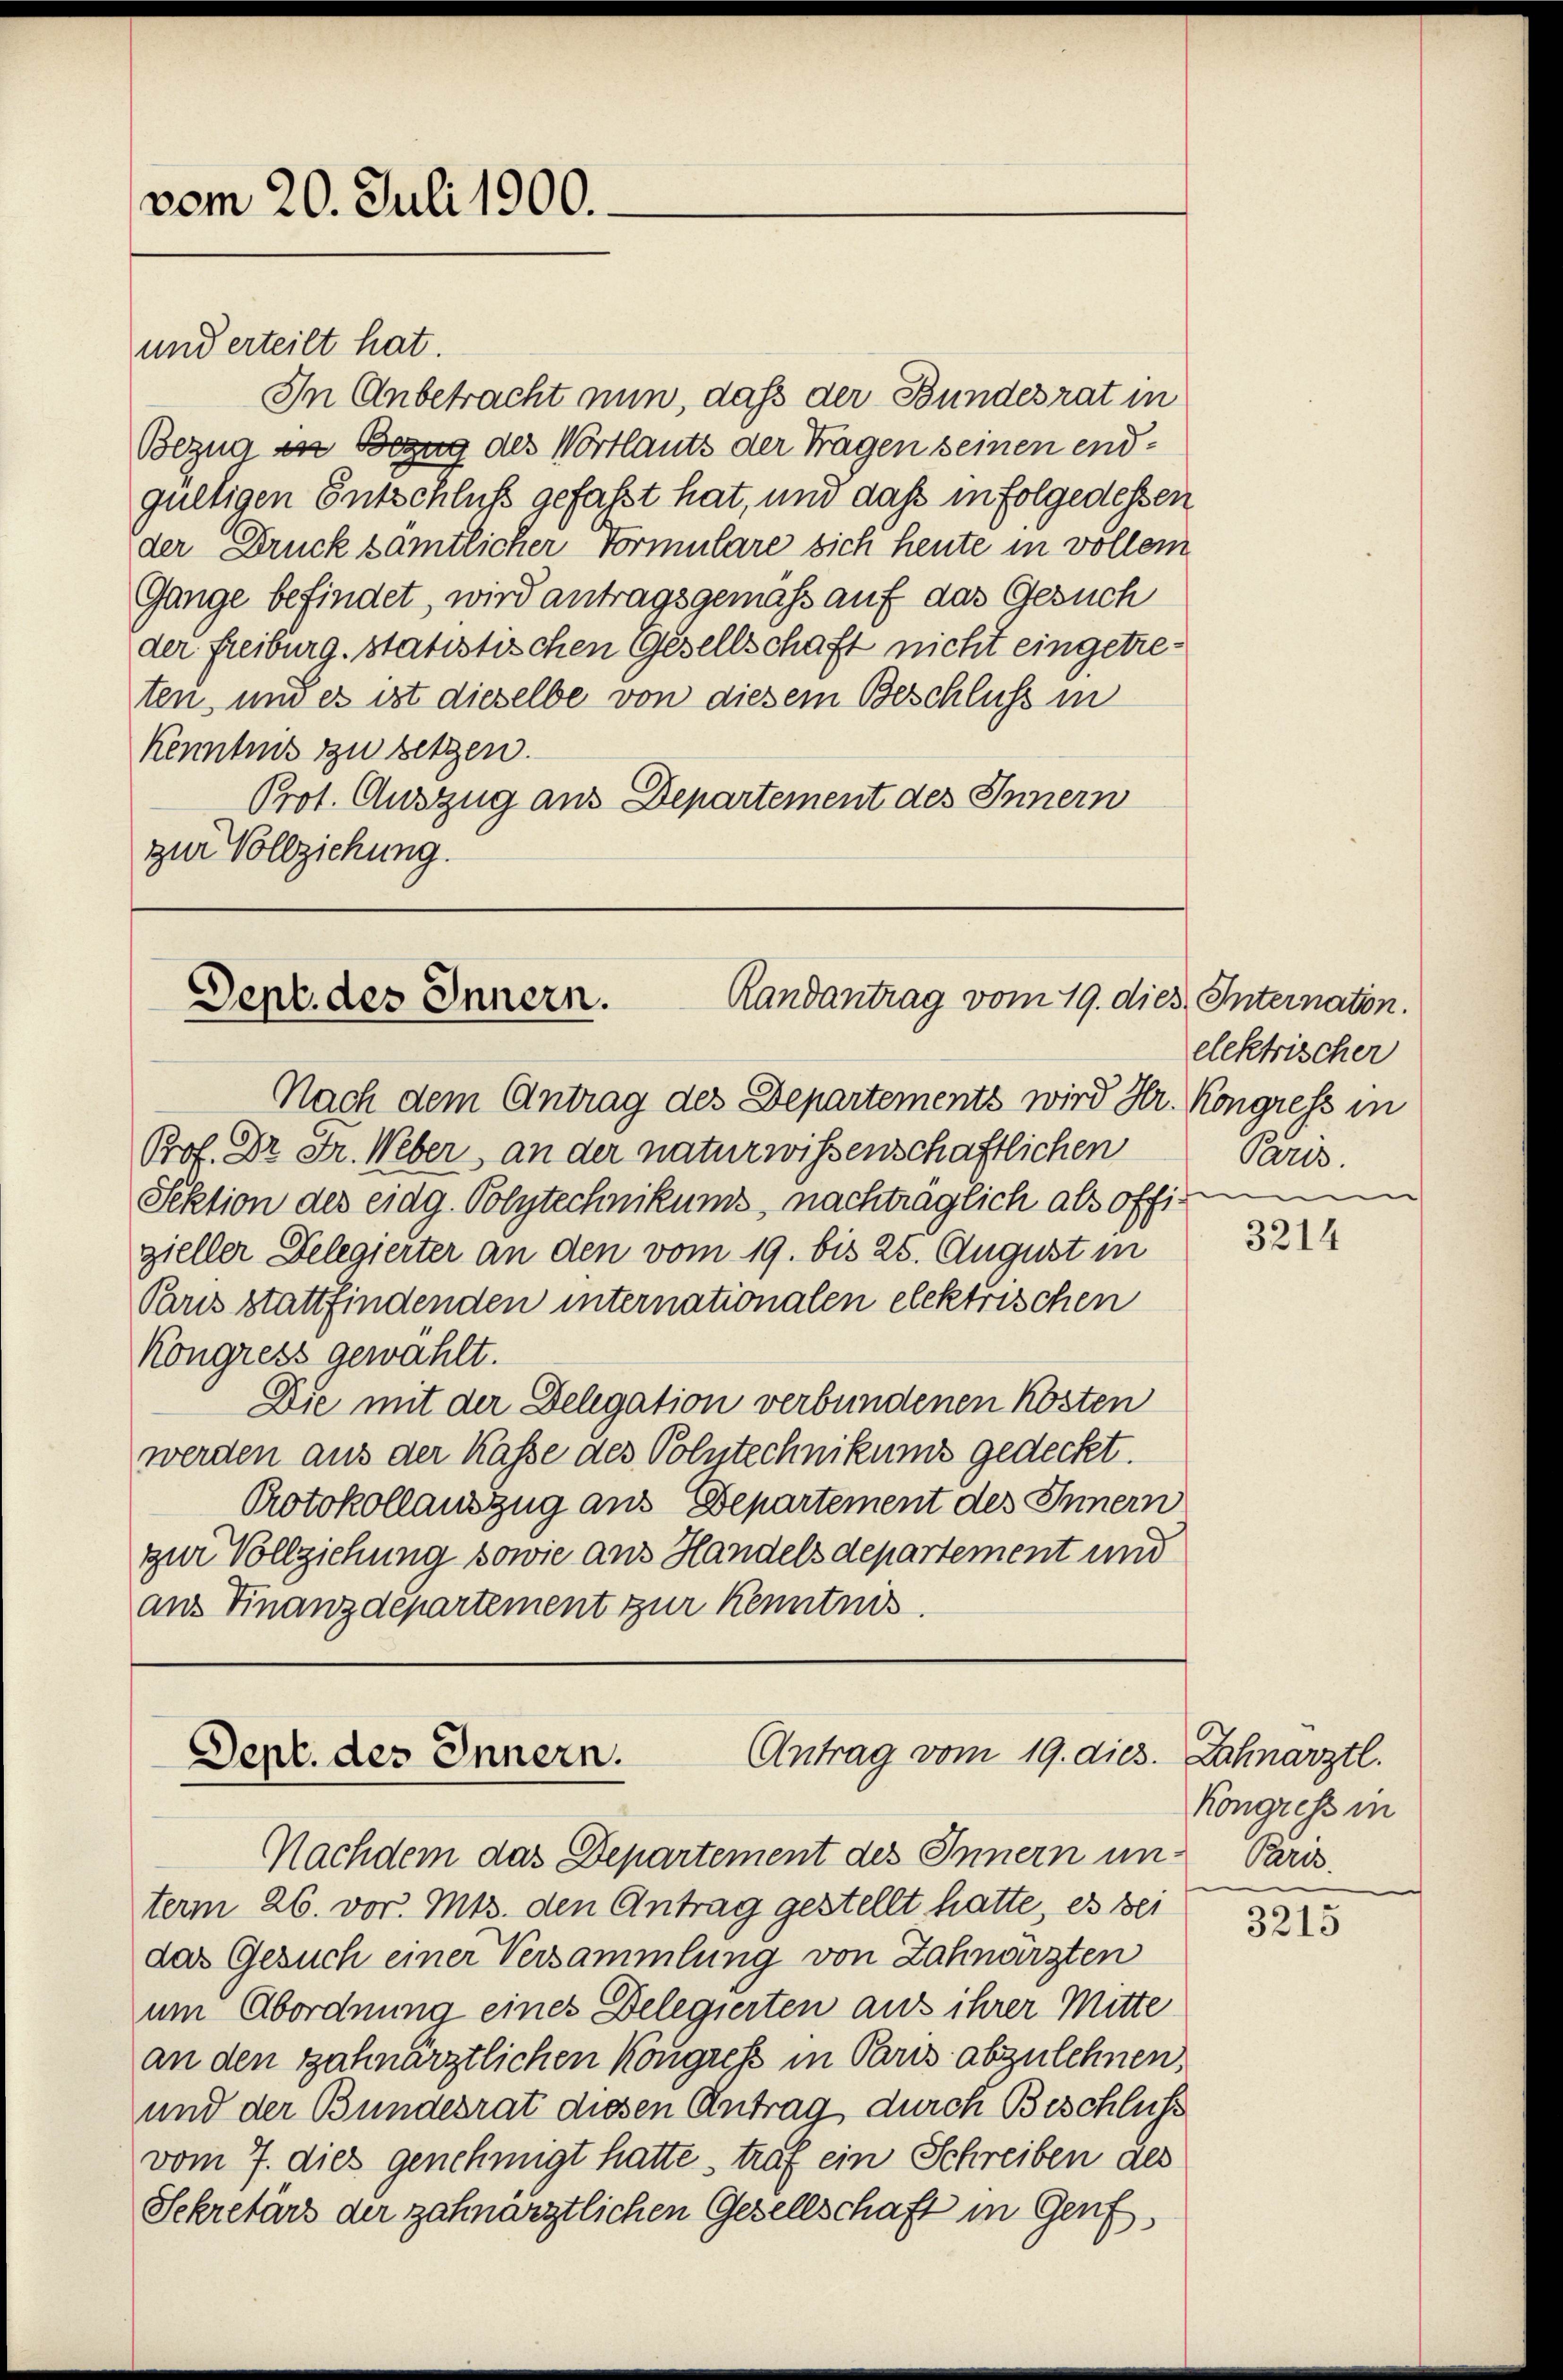
vom 20. Juli 1900.
und erteilt hat.

In Anbetracht nun, daß der Bundesrat in
Bezug in Bezug des Wortlauts der Tragen seinen endgültigen Entschluß gefaßt hat, und dass infolgedessen
der Druck sämtlicher Formulare sich heute in vollem
Gange befindet, wird antragsgemäß auf das Gesuch
der Freiburg, statistischen Gesellschaft nicht eingetreten, und es ist dieselbe von diesem Beschluss in
Kenntnis zu setzen.
Prot. Auszug aus Departement des Innern
zur Vollziehung.

Randantrag vom 19. dies. Internation.
Dept. des Innern.

Nach dem Antrag des Departements wird Hr. Kongress in

Antrag vom 19. dies. Zahnarztl.
Sept. des Innern.
Nachdem das Departement des Innern und Paris.

elektrischer
Paris.

Prof. Dr. Fr. Weber, an der naturwissenschaftlichen
Sektion des eidg. Polytechnikums, nachträglich als offigen
zieller Delegierter an den vom 19. bis 25. August in
Pus stattfindenden internationalen elektrischen
Kongress gewählt.
Die mit der Delegation verbundenen Kosten
werden aus der Kasse des Polytechnikums gedeckt.
Protokollauszug aus Departement des Innern
zur Vollziehung sowie aus Handels departement und
ans Finanzdepartement zur Kenntnis.

term 26. vor. Mts. den Antrag gestellt hatte, es bei
das Gesuch einer Versammlung von Zahnarzten
um Abordnung eines Delegierten aus ihrer Mitte
an den zahnärztlichen Kongress in Paus abzulehnen,
und der Bundesrat diesen Antrag durch Beschluss
vom 7. dies genehmigt hatte, traf ein Schreiben des
Sekretärs der zahnarztlichen Gesellschaft in Genf

3214

Kongress in

3215